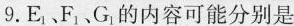
9.E_1、F_1、G_1的内容可能分别是